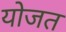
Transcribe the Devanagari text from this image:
योजत